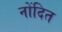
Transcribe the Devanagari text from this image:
नोंदित